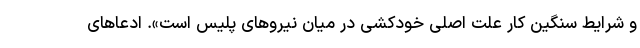
و شرایط سنگین کار علت اصلی خودکشی در میان نیروهای پلیس است». ادعاهای